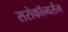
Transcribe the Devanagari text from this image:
सरोकॉन्वर्सन